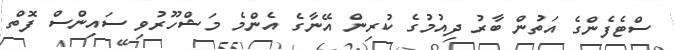
ސްޓެފެންގެ އަތުން ބާރު ދިއުމުގެ ކުރިން އޭނާގެ އެންމެ މަޝްހޫރުވި ސައިންސް ފޮތް